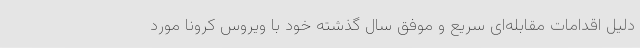
دلیل اقدامات مقابله‌ای سریع و موفق سال گذشته خود با ویروس کرونا مورد